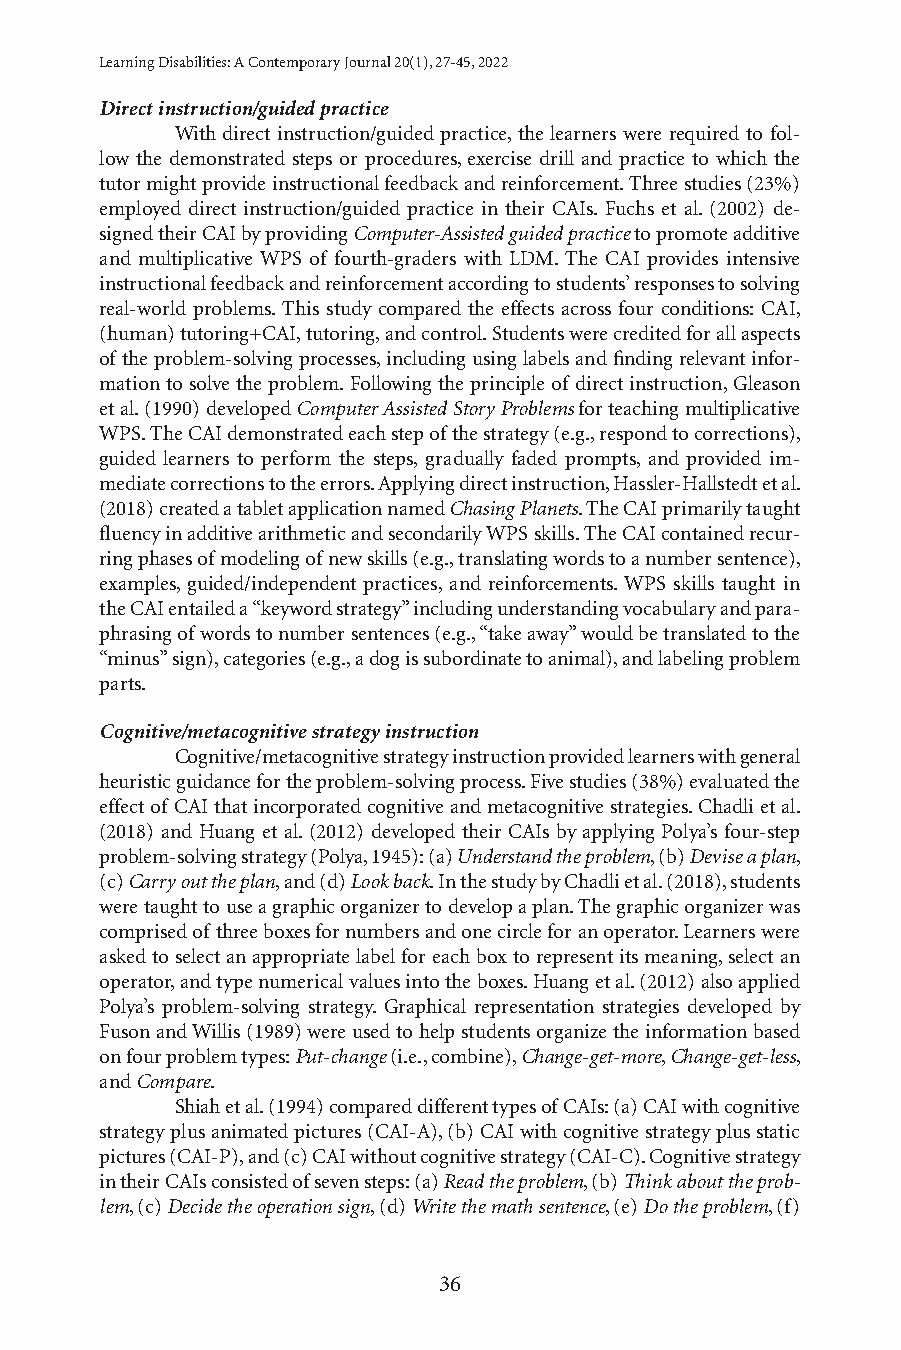
Learning Disabilities: A Contemporary Journal 20(1), 27-45, 2022
 Direct instruction/guided practice
 With direct instruction/guided practice, the learners were required to fol-
 low the demonstrated steps or procedures, exercise drill and practice to which the
 tutor might provide instructional feedback and reinforcement. Three studies (23%)
 employed direct instruction/guided practice in their CAIs. Fuchs et al. (2002) de-
 signed their CAI by providing Computer-Assisted guided practice to promote additive
 and multiplicative WPS of fourth-graders with LDM. The CAI provides intensive
 instructional feedback and reinforcement according to students’ responses to solving
 real-world problems. This study compared the effects across four conditions: CAI,
 (human) tutoring+CAI, tutoring, and control. Students were credited for all aspects
 of the problem-solving processes, including using labels and finding relevant infor-
 mation to solve the problem. Following the principle of direct instruction, Gleason
 et al. (1990) developed Computer Assisted Story Problems for teaching multiplicative
 WPS. The CAI demonstrated each step of the strategy (e.g., respond to corrections),
 guided learners to perform the steps, gradually faded prompts, and provided im-
 mediate corrections to the errors. Applying direct instruction, Hassler-Hallstedt et al.
 (2018) created a tablet application named Chasing Planets. The CAI primarily taught
 fluency in additive arithmetic and secondarily WPS skills. The CAI contained recur-
 ring phases of modeling of new skills (e.g., translating words to a number sentence),
 examples, guided/independent practices, and reinforcements. WPS skills taught in
 the CAI entailed a “keyword strategy” including understanding vocabulary and para-
 phrasing of words to number sentences (e.g., “take away” would be translated to the
 “minus” sign), categories (e.g., a dog is subordinate to animal), and labeling problem
 parts.
 Cognitive/metacognitive strategy instruction
 Cognitive/metacognitive strategy instruction provided learners with general
 heuristic guidance for the problem-solving process. Five studies (38%) evaluated the
 effect of CAI that incorporated cognitive and metacognitive strategies. Chadli et al.
 (2018) and Huang et al. (2012) developed their CAIs by applying Polya’s four-step
 problem-solving strategy (Polya, 1945): (a) Understand the problem, (b) Devise a plan,
 (c) Carry out the plan, and (d) Look back. In the study by Chadli et al. (2018), students
 were taught to use a graphic organizer to develop a plan. The graphic organizer was
 comprised of three boxes for numbers and one circle for an operator. Learners were
 asked to select an appropriate label for each box to represent its meaning, select an
 operator, and type numerical values into the boxes. Huang et al. (2012) also applied
 Polya’s problem-solving strategy. Graphical representation strategies developed by
 Fuson and Willis (1989) were used to help students organize the information based
 on four problem types: Put-change (i.e., combine), Change-get-more, Change-get-less,
 and Compare.
 Shiah et al. (1994) compared different types of CAIs: (a) CAI with cognitive
 strategy plus animated pictures (CAI-A), (b) CAI with cognitive strategy plus static
 pictures (CAI-P), and (c) CAI without cognitive strategy (CAI-C). Cognitive strategy
 in their CAIs consisted of seven steps: (a) Read the problem, (b) Think about the prob-
 lem, (c) Decide the operation sign, (d) Write the math sentence, (e) Do the problem, (f)
 36